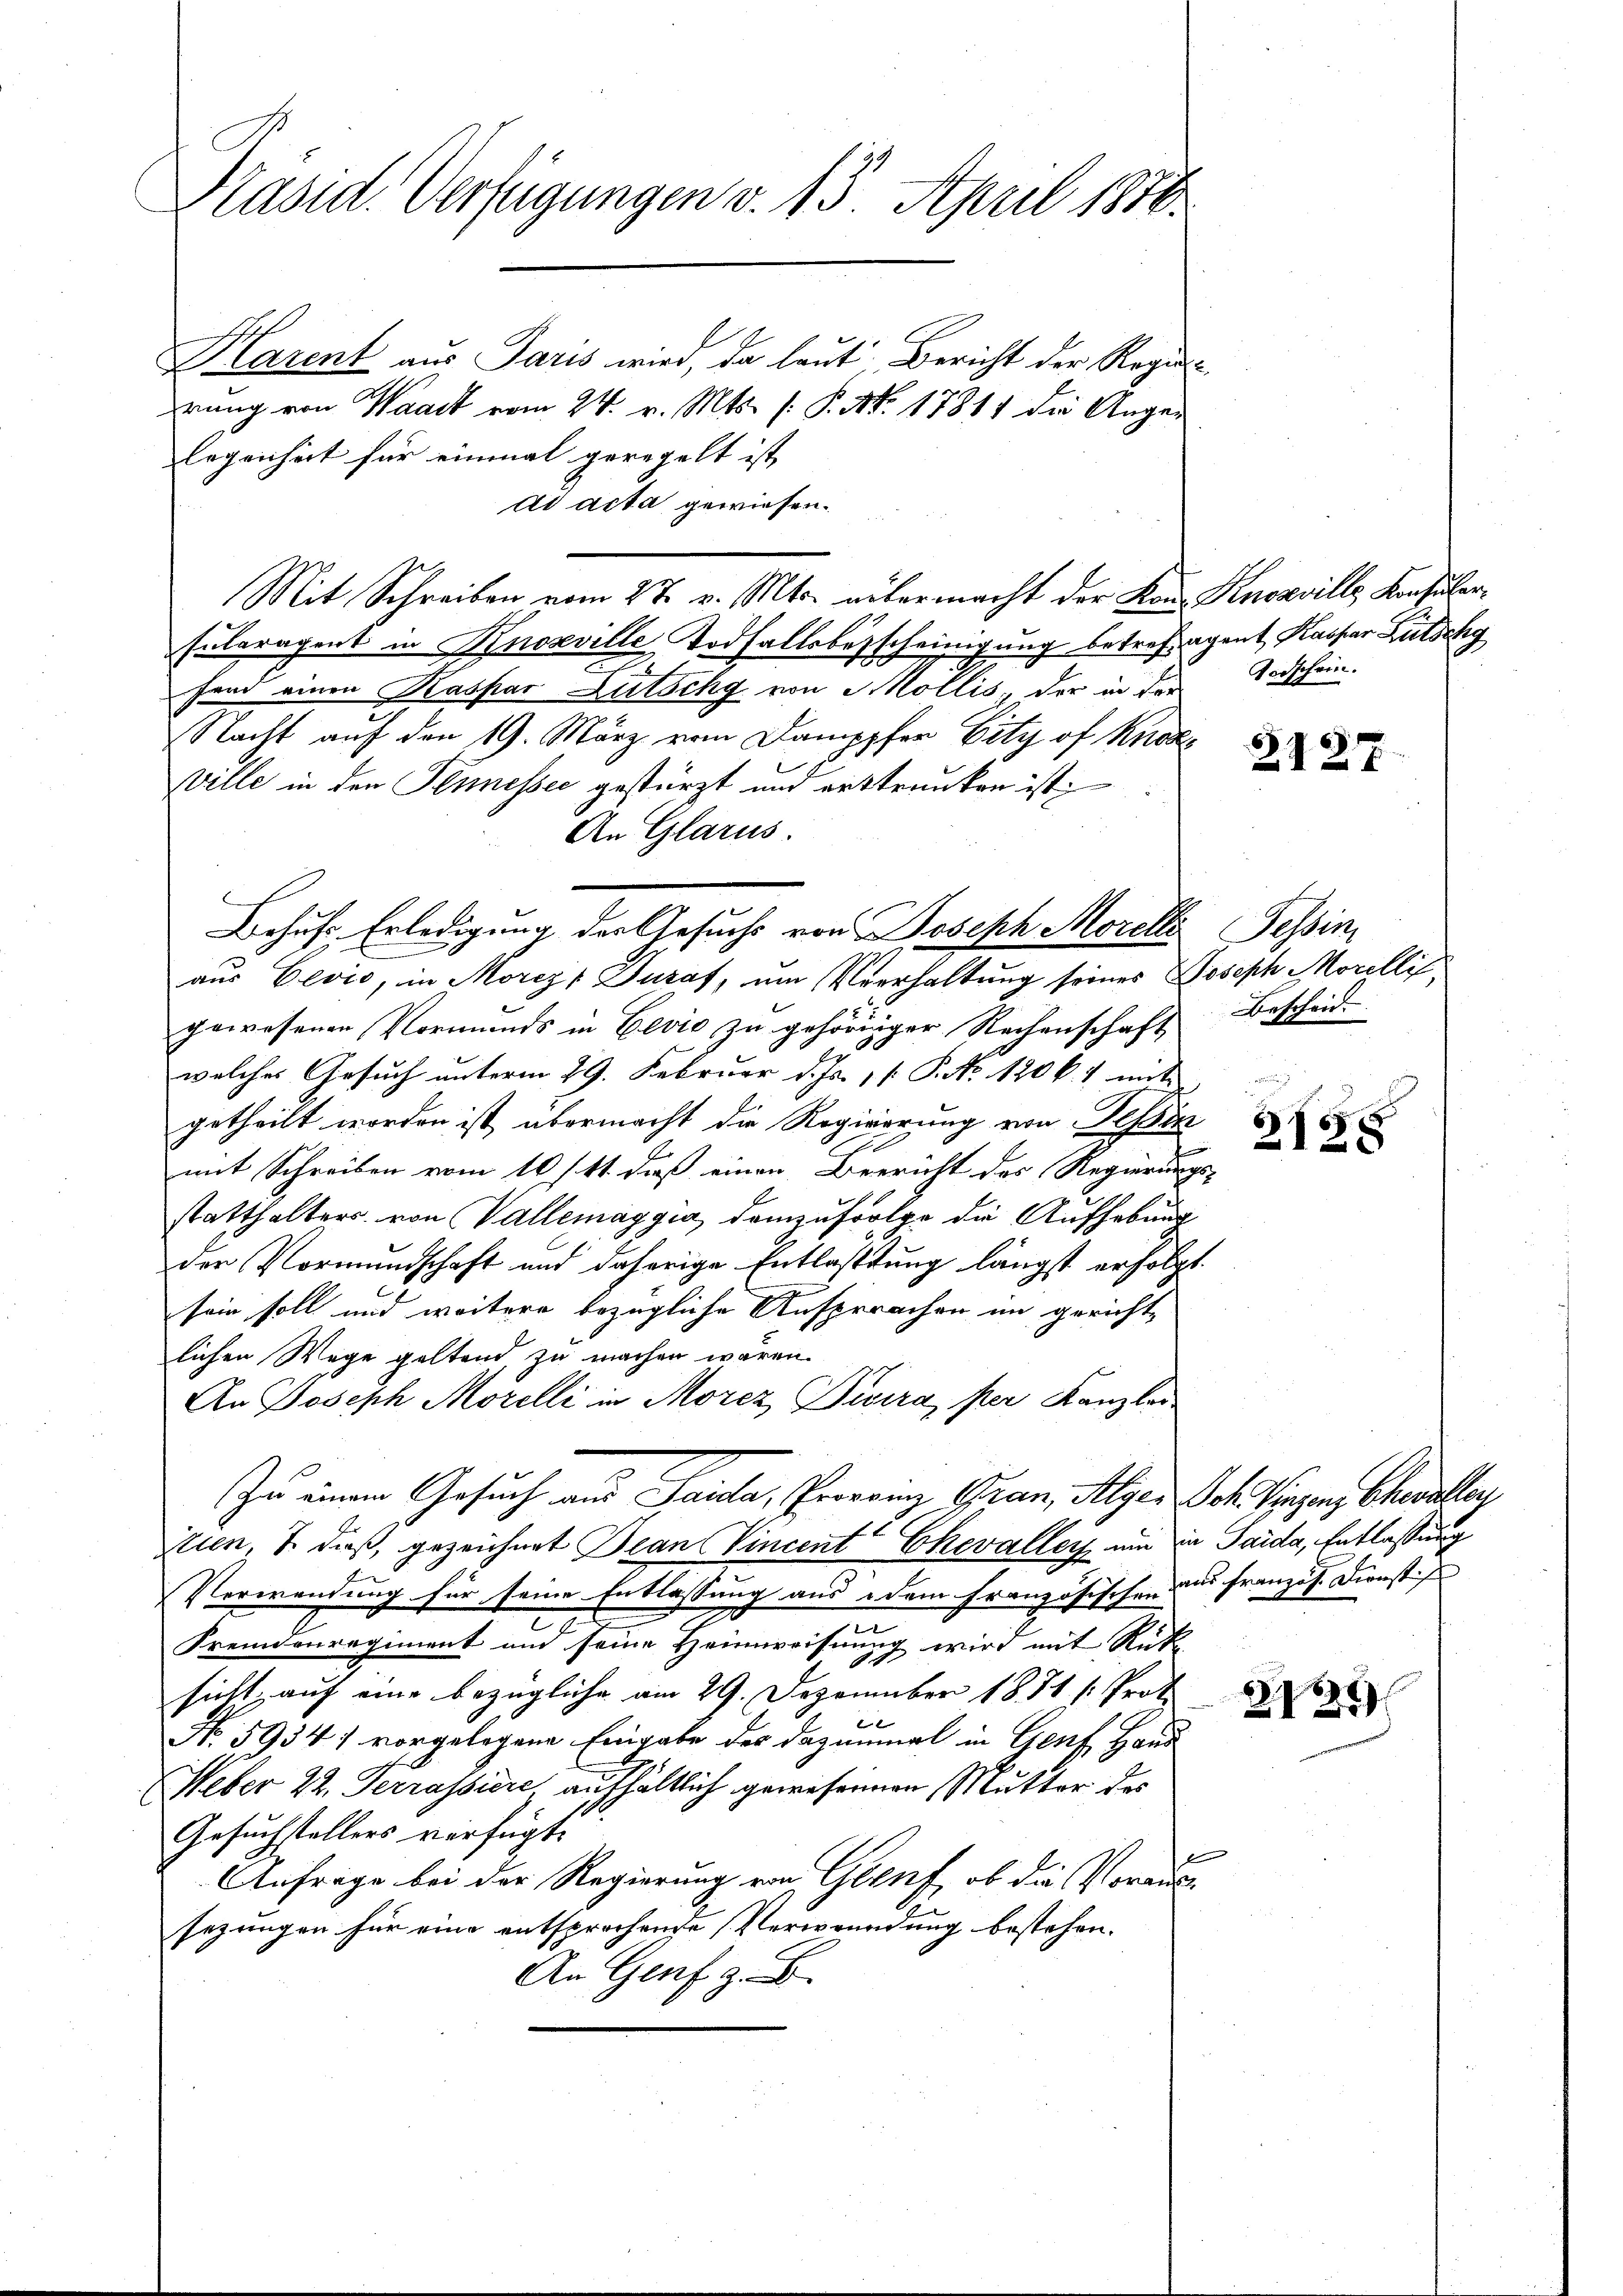
Präsid. Verfügungen v. 13. April 18760.

Klarent aus Paris wird, da laut Bericht der Regen-
rrung von Waadt vom 24. v. Mts. (: P. Nr. 17811 die Angelegenheit für einmal geregelt ist,
ad acta gewiesen.
Mit Schreiben vom 27. v. Mts. untermacht der Kann Knosville Konsuler¬
Euleragent in Knoxville Todfallsbescheinigung betrefagent Kaspar Lütschg
fand einen Kaspar Lutschy von Mollis, der in die
Nacht auf den 19. März vom Damppfer City of Knote
ville in den Seinessee gestürzt und erstrunken ist;
An Glarus.
Behufs Erledigung der Gesuchs von Joseph Morelle Tessin
aus Gevio, in Morez Duraf, um Verhaltung seines Joseph Morellis,
gewesenen Vormunds in Eević zu gehöriger Rechenschaft Bescheid-
welches Gesuch unterm 29. Februar d. Js. v. P. No 120 k. 7 mit
getheilt worden ist übermacht die Regierung von Tessin
mit Schreiben vom 10 / 41. daß einen Beericht des Regierungs-
statthalters von Vallemaggia, demzufolge die Aufhebung
der Vormundschaft und daherige Entlastung längst erfolgt.
sein soll und weitere bezügliche Ansprachen im gerichtlichen Wege geltend, zu machen wären.
An Joseph Morelli in Morez Divera, per Kanzler
Zu einem Gesuch aus Paula, Provinz Gran, Alger Joh. Vinzen Chevaller
itien, 7 dieß, gezeichnet Jean Vincent Chevaller um in Saida, Entlassung
Verwendung für seine Entlassung aus dem Französischen aus französ. Dienst
Fremdenregiment und seine Heimweisung wird mit Rücke
sicht, auf eine bezügliche am 29. Dezember 1871 /: Prot
No. 5934. vorgelegene Eingabe des dazumal in Genf Haus
Weber 22. Terrassiere aufhältlich gewesenen Mutter des
Gesuchstellers verfügt:
Anfrage bei der Regierung von Genf, ob die Voraussezungen für eine entsprochende Verwundung bestehen.
An Genf z. B.

Todschein.

3127

2155

13